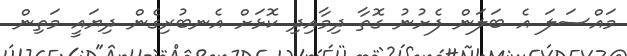
މައްސަލަ އެ ބަލަން ފެށުނު ގޮތާ ދިމާއިދި ކޮޅަށް އެނބުރިގެން ދިޔައީ މަތިން